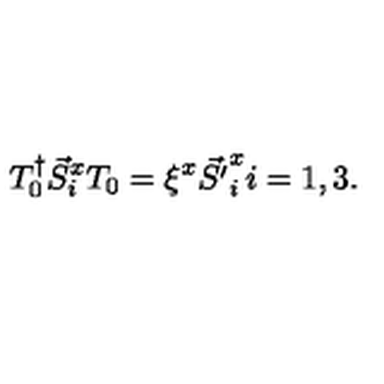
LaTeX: T _ { 0 } ^ { \dag } \vec { S } _ { i } ^ { x } T _ { 0 } = \xi ^ { x } \vec { S ^ { \prime } } _ { i } ^ { x } i = 1 , 3 .